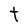
Character: t